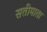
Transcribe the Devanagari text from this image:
सतीमाता